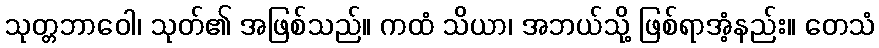
သုတ္တဘာဝေါ၊ သုတ်၏ အဖြစ်သည်။ ကထံ သိယာ၊ အဘယ်သို့ ဖြစ်ရာအံ့နည်း။ တေသံ